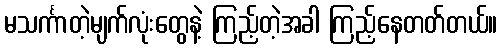
မသင်္ကာတဲ့မျက်လုံးတွေနဲ့ ကြည့်တဲ့အခါ ကြည့်နေတတ်တယ်။